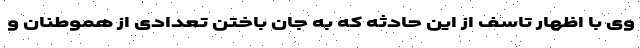
وی با اظهار تاسف از این حادثه که به جان باختن تعدادی از هموطنان و